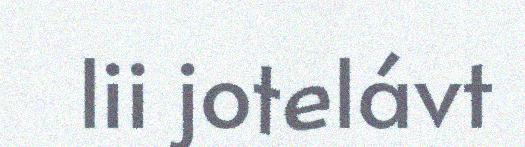
lii jotelávt